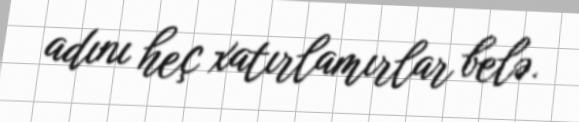
adını heç xatırlamırlar belə.